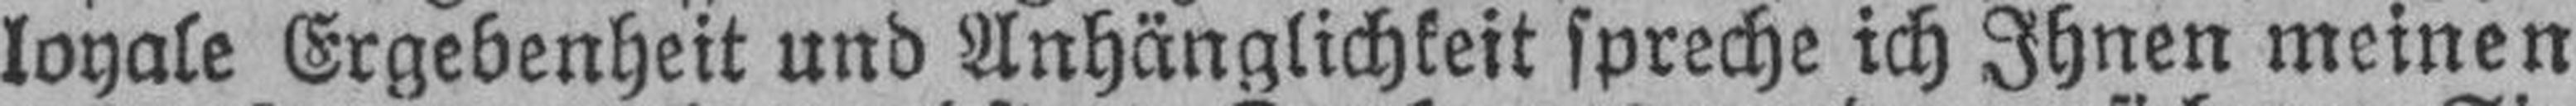
loyale Ergebenheit und Anhänglichkeit spreche ich Ihnen meinen